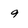
Character: 9